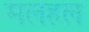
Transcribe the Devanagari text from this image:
मलहल